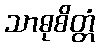
သာဓုစိတ္တံ